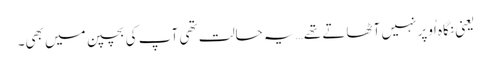
یعنی نگاہ اُوپر نہیں آٹھاتے تھے… یہ حالت تھی آپ کی بچپن میں بھی۔